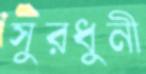
সুরধুনী